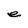
Character: e